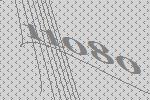
11080